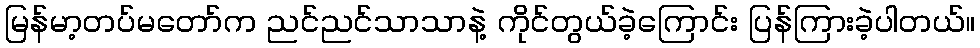
မြန်မာ့တပ်မတော်က ညင်ညင်သာသာနဲ့ ကိုင်တွယ်ခဲ့ကြောင်း ပြန်ကြားခဲ့ပါတယ်။